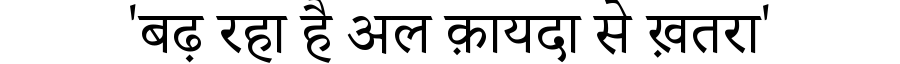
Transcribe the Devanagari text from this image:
'बढ़ रहा है अल क़ायदा से ख़तरा'